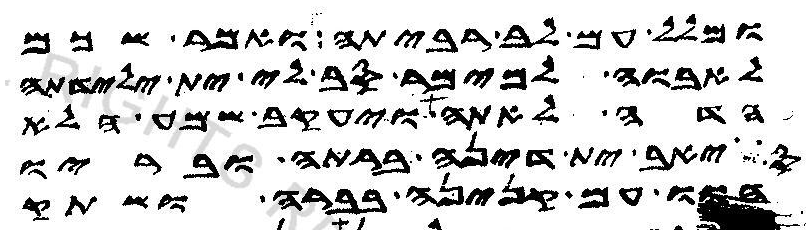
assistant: ומלל עם לב רביתה ואמר שכם
לאבוה למימר סב לי ית ילידתה
הדה לאתה ויעקב שמע הלא
סיאב ית דינה ברתה ובריו
הוו עם קנינה בברה ושתק